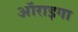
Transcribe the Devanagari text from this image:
ऑराइगा